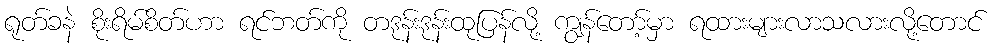
ရုတ်ခနဲ စိုးရိမ်စိတ်ဟာ ရင်ဘတ်ကို တဒုန်းဒုန်းထုပြန်လို့ ကျွန်တော့်မှာ ရထားများလာသလားလို့တောင်